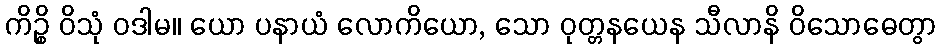
ကိဉ္စိ ဝိသုံ ဝဒါမ။ ယော ပနာယံ လောကိယော, သော ဝုတ္တနယေန သီလာနိ ဝိသောဓေတွာ